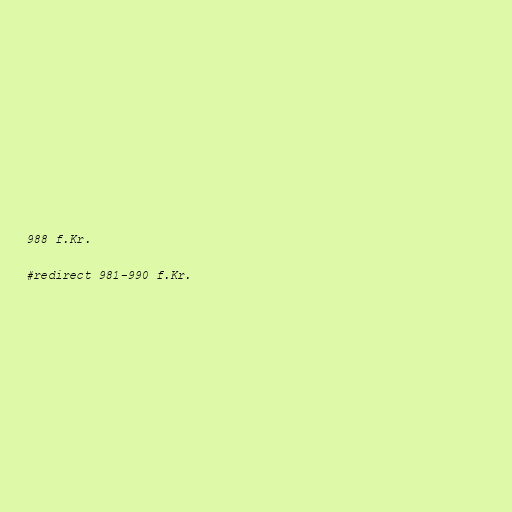
988 f.Kr.

#redirect 981-990 f.Kr.